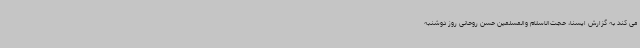
می کند به گزارش ایسنا، حجت‌الاسلام والمسلمین حسن روحانی روز دوشنبه